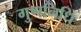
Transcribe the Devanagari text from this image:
गुणनिधि